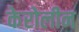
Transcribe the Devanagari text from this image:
केरोलीन